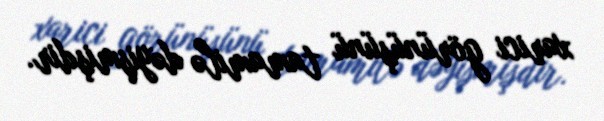
xarici görünüşünü tamamilə dəyişmişdir.